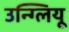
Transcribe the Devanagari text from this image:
उन्ग्लियू